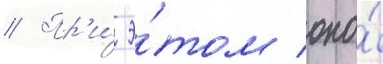
// Пр'и́ э́том оно́